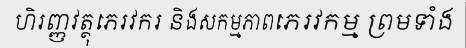
ហិរញ្ញវត្ថុភេរវករ និងសកម្មភាពភេរវកម្ម ព្រមទាំង